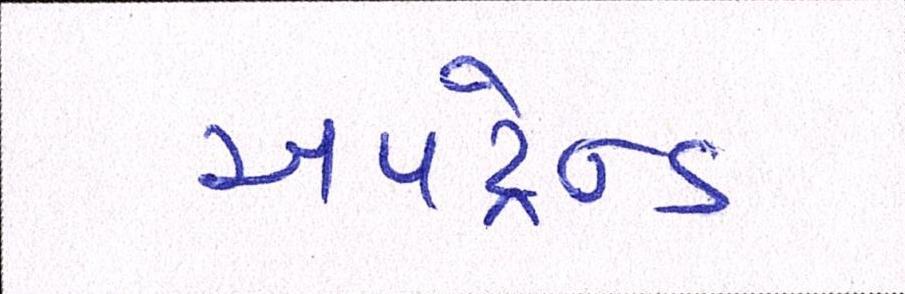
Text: અપટ્રેન્ડ